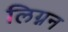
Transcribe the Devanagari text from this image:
लिग्नन